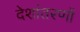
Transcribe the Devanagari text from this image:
देशांतरणों